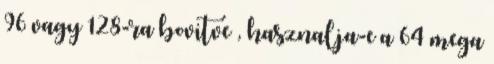
96 vagy 128-ra bovitve , hasznalja-e a 64 mega